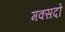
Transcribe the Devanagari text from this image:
मक्सदों